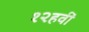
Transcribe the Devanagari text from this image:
१२हवीं